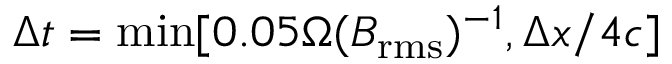
\Delta t = \mathrm { m i n } [ 0 . 0 5 \Omega ( B _ { \mathrm { r m s } } ) ^ { - 1 } , \Delta x / 4 c ]